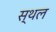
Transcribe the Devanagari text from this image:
स्थल